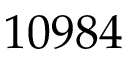
1 0 9 8 4